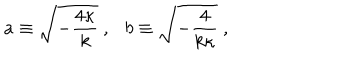
a \equiv \sqrt { - { \frac { 4 \kappa } { k } } } \ , \ \ \ b \equiv \sqrt { - { \frac { 4 } { k \kappa } } } \ ,